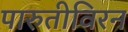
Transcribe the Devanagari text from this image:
पारुतीविरन